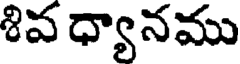
శివ ధ్యానము